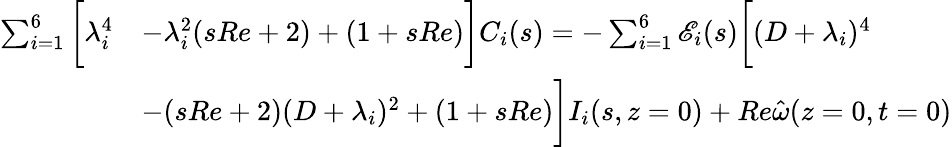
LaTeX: \begin{array}{rl}{\sum_{i=1}^{6}\bigg[\lambda_{i}^{4}}&{-\lambda_{i}^{2}(sRe+2)+(1+sRe)\bigg]C_{i}(s)=-\sum_{i=1}^{6}\mathscr{E}_{i}(s)\bigg[(D+\lambda_{i})^{4}}\\ &{-(sRe+2)(D+\lambda_{i})^{2}+(1+sRe)\bigg]I_{i}(s,z=0)+Re\hat{\omega}(z=0,t=0)}\end{array}